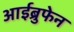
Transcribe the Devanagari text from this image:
आईब्रुफेन